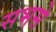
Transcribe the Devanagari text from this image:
सभसे